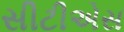
સીટીએસ